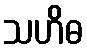
သဟိဓ